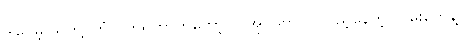
ဒါပေမဲ့ သူတို့ ကြုံလိုက်ရတာကတော့ လူအုပ်တွေ၊ လူပြည့်နေတဲ့ လမ်းတွေနဲ့